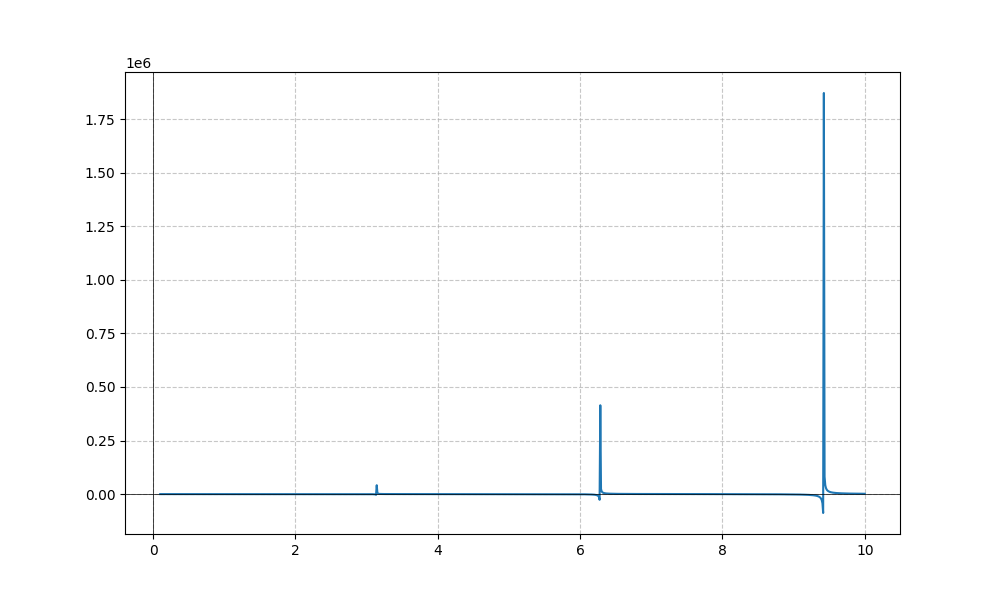
LaTeX formula: x^{3} \cot{\left(x \right)}